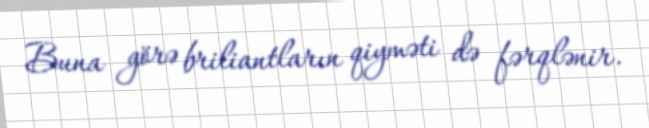
Buna görə briliantların qiyməti də fərqlənir.